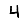
Digit: 4